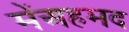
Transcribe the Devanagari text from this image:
मेंअहमद